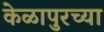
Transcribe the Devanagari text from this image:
केळापुरच्या